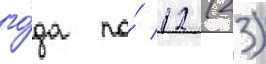
го́да по́ 12 (23)